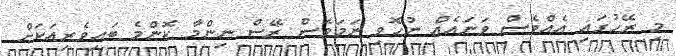
މި ރޭހުގައި އެއްވެސް ވަނައެއް ނުހޮވި ނަމަވެސް ރޭސް ނިންމާ ކޮންމެ ބައިވެރިއަކަށް